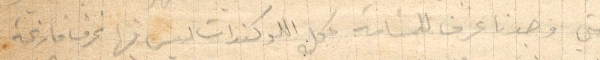
حتى وجدنا غرف للمنامة محل اللوكندات ليس فيها غرف فارغة